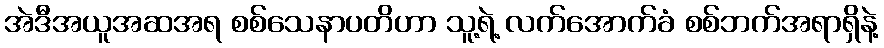
အဲဒီအယူအဆအရ စစ်သေနာပတိဟာ သူ့ရဲ့ လက်အောက်ခံ စစ်ဘက်အရာရှိနဲ့